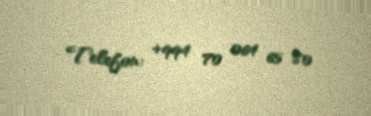
Telefon: +994 70 064 65 80